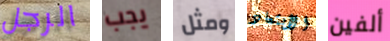
الرجل يجب ومثل الأبتعاد ألفين